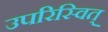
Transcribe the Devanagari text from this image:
उपरिस्वित्